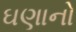
ઘણાનો